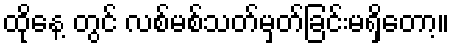
ထိုနေ့ တွင် လစ်မစ်သတ်မှတ်ခြင်းမရှိတော့။